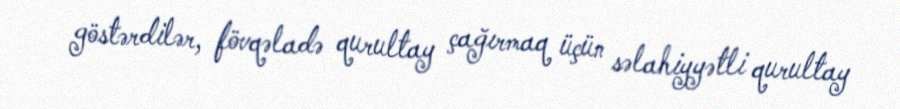
göstərdilər, fövqəladə qurultay çağırmaq üçün səlahiyyətli qurultay